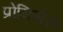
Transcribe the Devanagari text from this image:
प्रोमिसेस